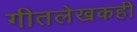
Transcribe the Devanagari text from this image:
गीतलेखकही